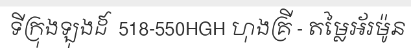
ទីក្រុងឡុងដ៍  518-550HGH ហុងគ្រី - តម្លៃអ័រម៉ូន